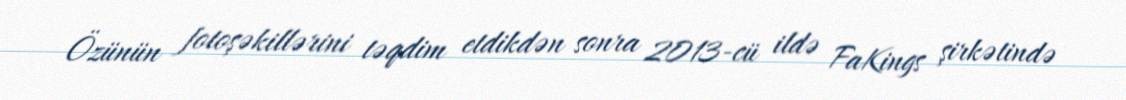
Özünün fotoşəkillərini təqdim etdikdən sonra 2013-cü ildə FaKings şirkətində